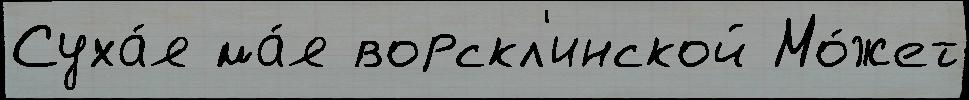
Суха́я ма́я ворскл'инской Мо́жет